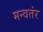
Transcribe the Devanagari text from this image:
मन्वतंर